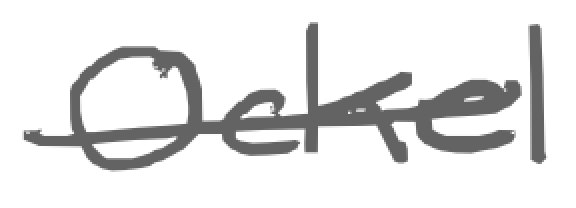
Text: Ockel
Cross-out: single-line
Writing tool: digital_gray